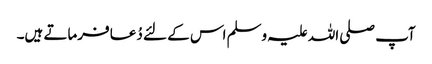
آپ صلی اللہ علیہ وسلم اس کے لئے دُعا فرماتے ہیں۔